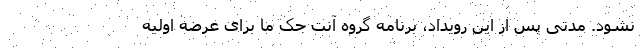
نشود. مدتی پس از این رویداد، برنامه گروه آنت جک ما برای عرضه اولیه